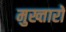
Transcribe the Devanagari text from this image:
मुख्तारों